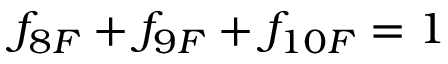
f _ { 8 F } + f _ { 9 F } + f _ { 1 0 F } = 1